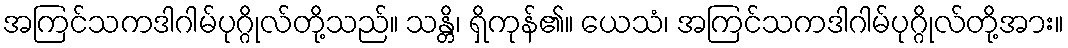
အကြင်သကဒါဂါမ်ပုဂ္ဂိုလ်တို့သည်။ သန္တိ၊ ရှိကုန်၏။ ယေသံ၊ အကြင်သကဒါဂါမ်ပုဂ္ဂိုလ်တို့အား။